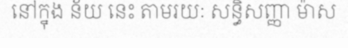
នៅក្នុង ន័យ នេះ តាមរយៈ សន្ធិសញ្ញា ម៉ាស